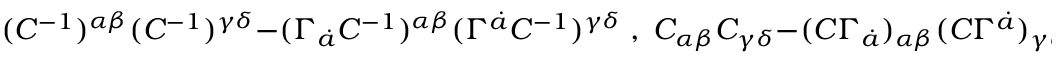
( C ^ { - 1 } ) ^ { \alpha \beta } ( C ^ { - 1 } ) ^ { \gamma \delta } - ( \Gamma _ { \dot { a } } C ^ { - 1 } ) ^ { \alpha \beta } ( \Gamma ^ { \dot { a } } C ^ { - 1 } ) ^ { \gamma \delta } \; , \; C _ { \alpha \beta } C _ { \gamma \delta } - ( C \Gamma _ { \dot { a } } ) _ { \alpha \beta } ( C \Gamma ^ { \dot { a } } ) _ { \gamma \delta }